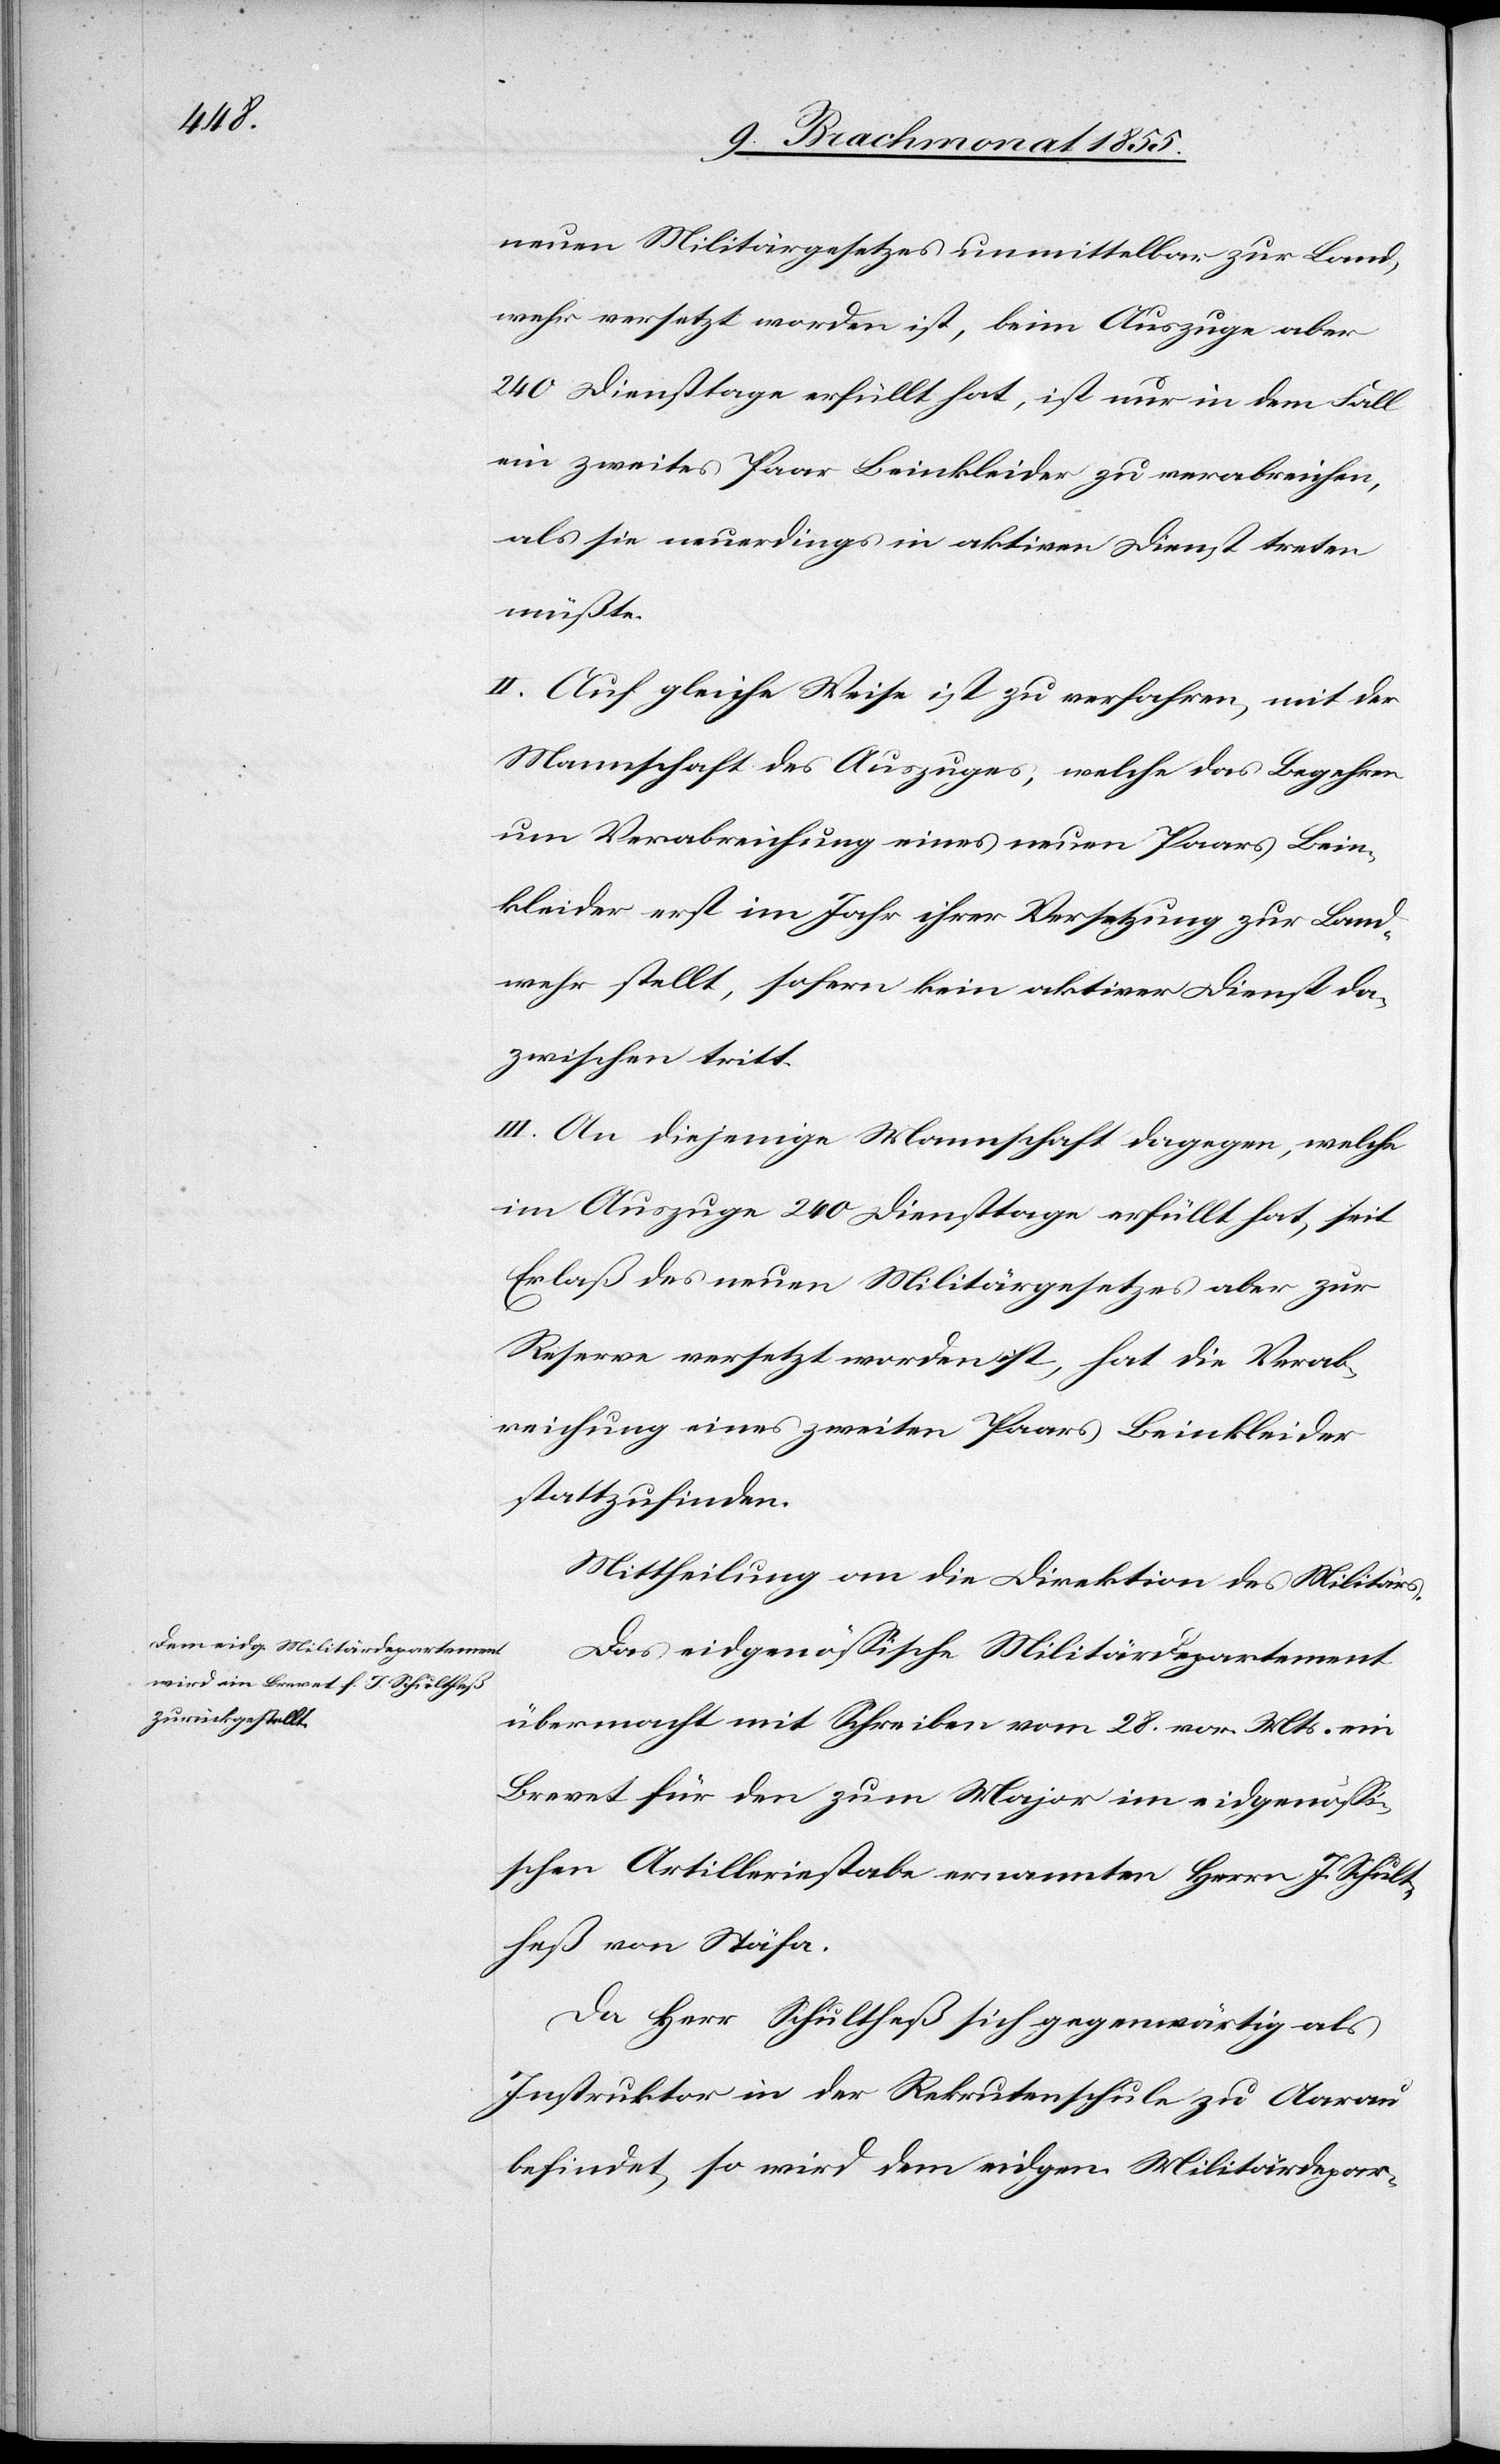
neuen Militärgesetzes unmittelbar zur Land¬
wehr versetzt worden ist, beim Auszuge aber
240 Diensttage erfüllt hat, ist nur in dem Fall
ein zweites Paar Beinkleider zu verabreichen,
als sie neuerdings in aktiven Dienst treten
müßte.
II. Auf gleiche Weise ist zu verfahren, mit der
Mannschaft des Auszuges, welche das Begehren
um Verabreichung eines neuen Paars Bein¬
kleider erst im Jahr ihrer Versetzung zur Land¬
wehr stellt, sofern kein aktiver Dienst da¬
zwischen tritt.
III. An diejenige Mannschaft dagegen, welche
im Auszuge 240 Diensttage erfüllt hat, seit
Erlaß des neuen Militärgesetzes aber zur
Reserve versetzt worden ist, hat die Verab¬
reichung eines zweiten Paars Beinkleider
stattzufinden.
Mittheilung an die Direktion des Militärs.
Das eidgenössiche Militärdepartement
übermacht mit Schreiben vom 28. vor. Mts. ein
Brevet für den zum Major im eidgenössi¬
schen Artilleriestabe ernannten Herrn J. Schult¬
heß von Stäfa.
Da Herr Schultheß sich gegenwärtig als
Instruktor in der Rekrutenschule zu Aarau
befindet, so wird dem eidgen. Militärdepar-